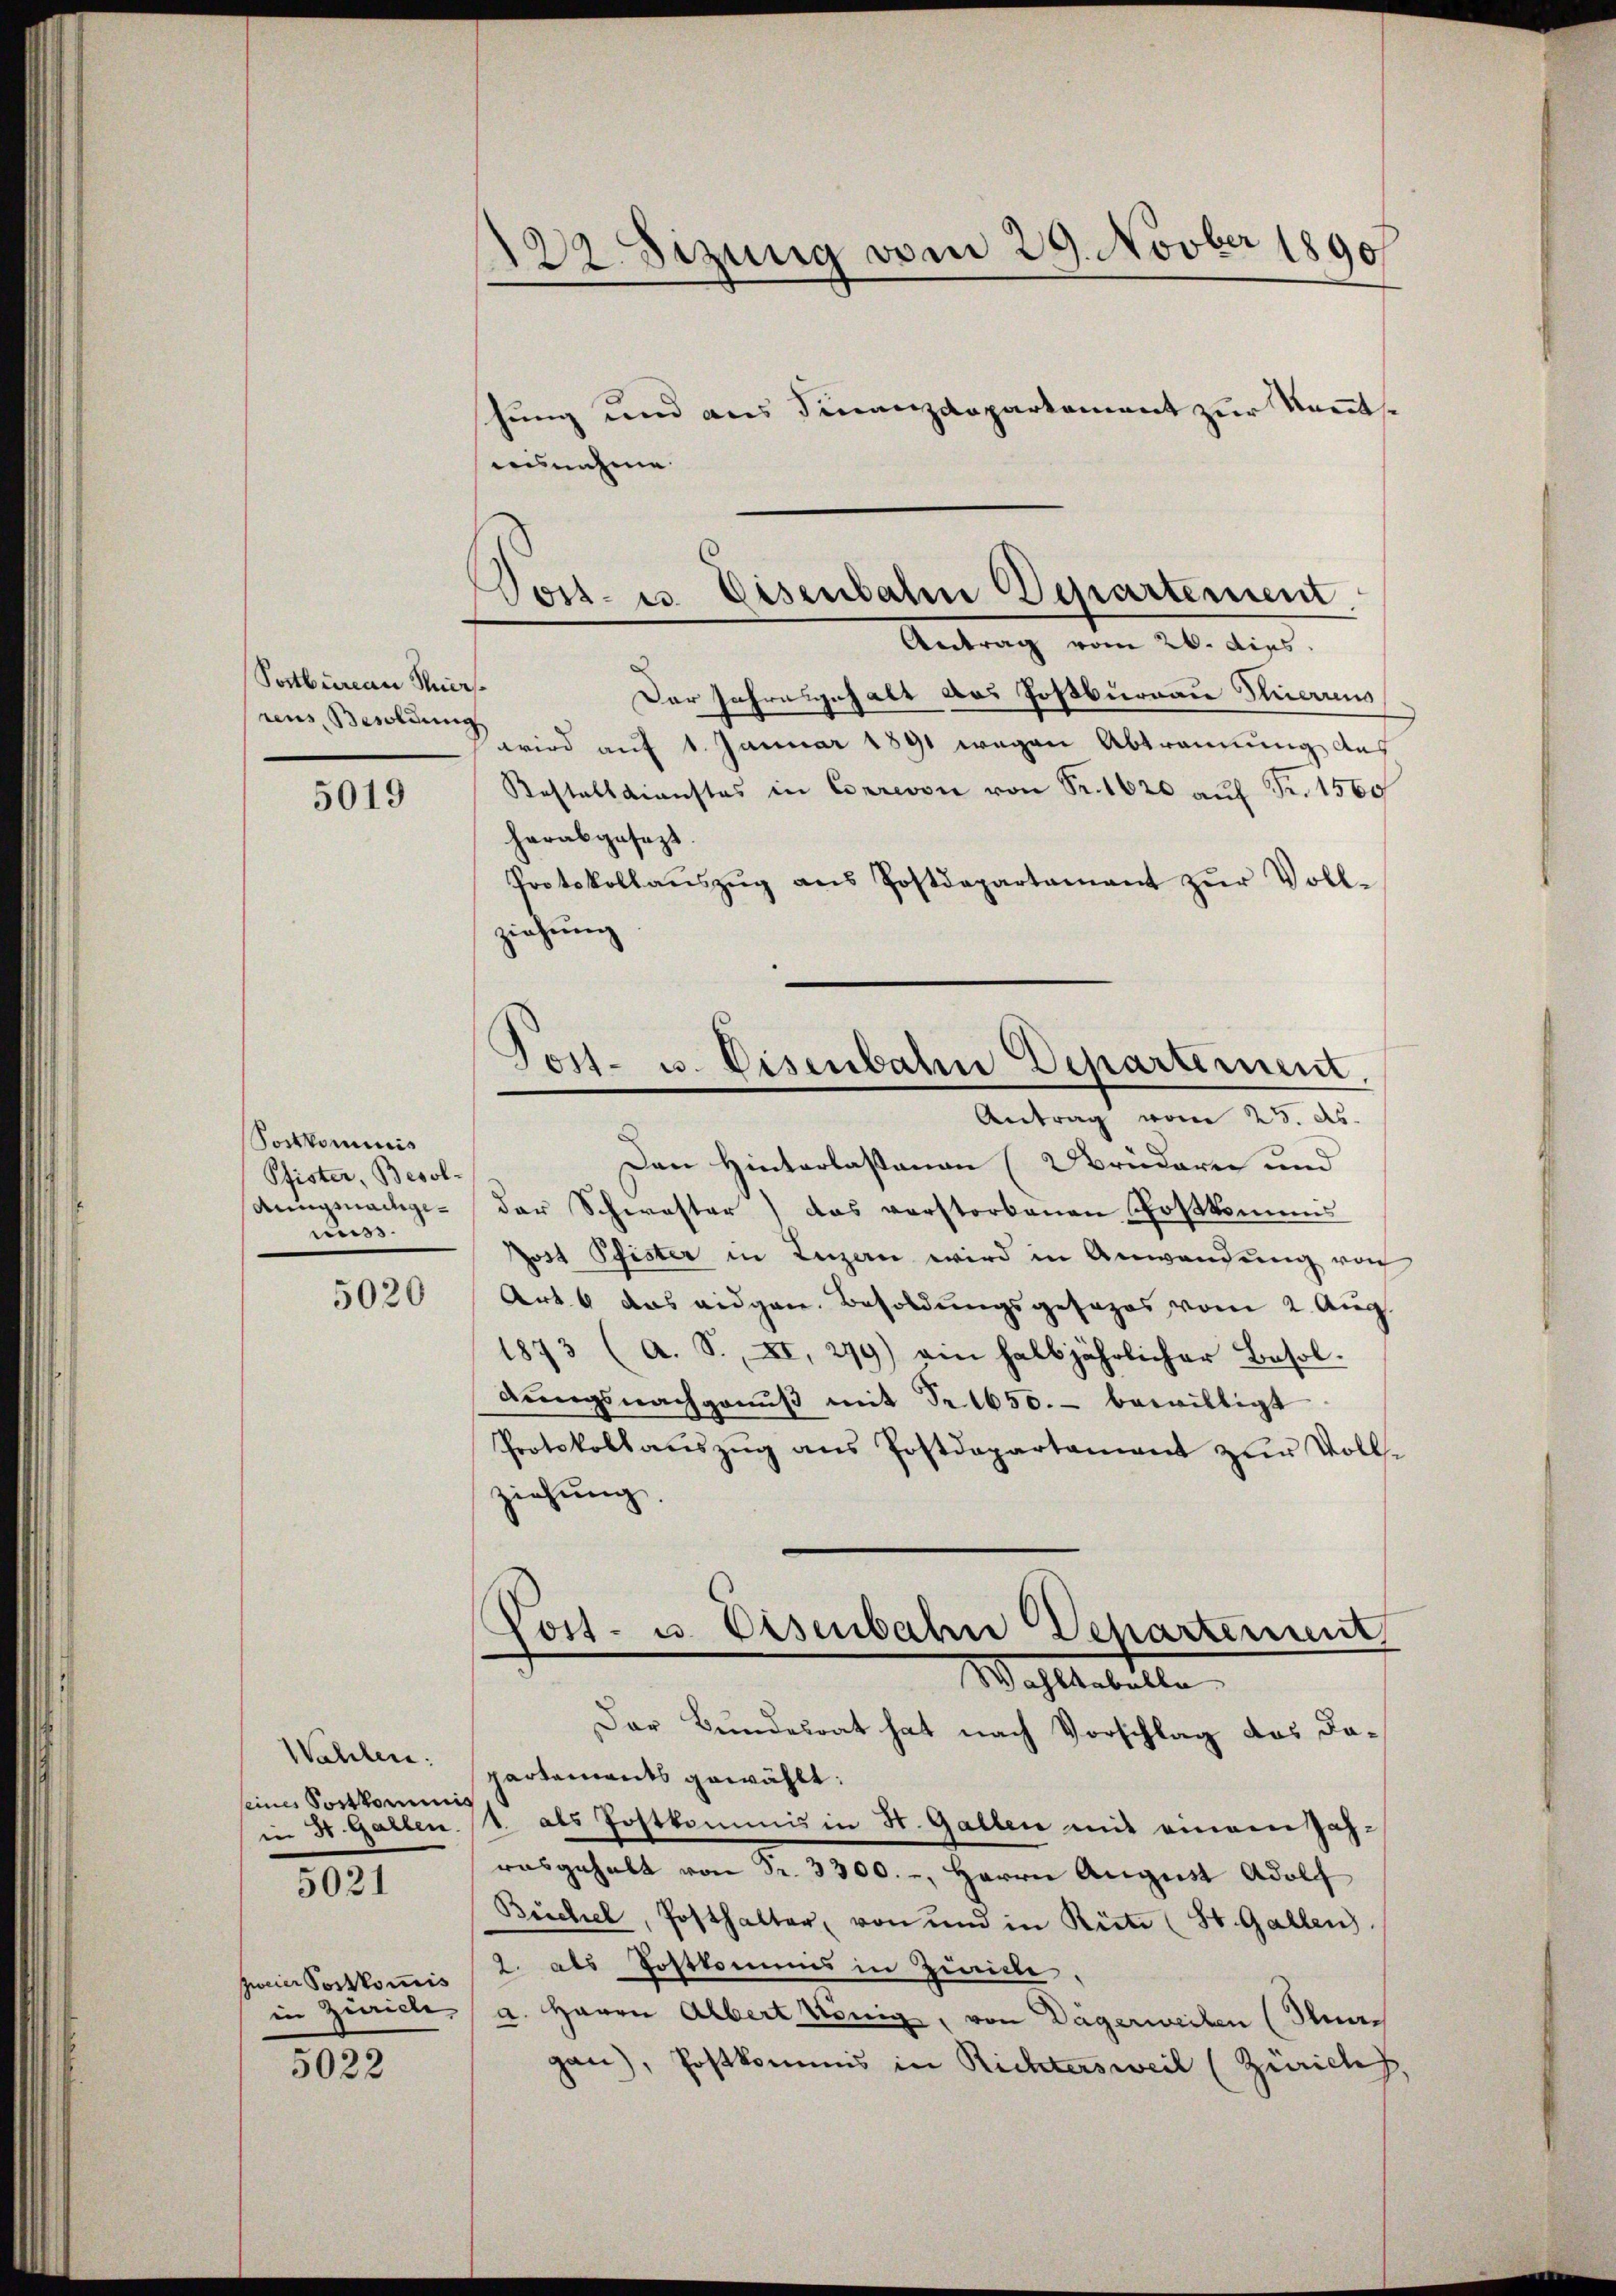
Postbureau Mit
rens Besoldung

5019

Postkommis
Pfister, Besol¬
Aung nachgemuss.

5020

Wahlen:
seines Sortkommnis
in St. Gallen.
zweier Postkommis
in Zürich
5022

5021

122. Sizung vom 29. Novber 1890
hung und aus Finanzdepartement zur Kennt¬

ausnahme

Post- u. Eisenbaten Departement
Antrag vom 26. dies

¬
Der Jahresgehalt das Postburgau Thieraus
wird auf 1. Januar 1891 wegen Abtrennung des
Kastelldienstes in Correvon von Fr. 1620 auf Fr. 1560
herabgesezt
Protokollaŭszŭg ans Postdepartamant zŭr Voll-
ziehung
Den Hinterlastenan (Uridarin und
der Schwester) das verstorbenen Postkommis
Jost Pfister in Luzern wird in Anwendung von
Art. 6 das eidgen. Besoldungsgesezes vom 2. Aug.
1873 (a. S. XI, 279) ein halbjährlicher Besoldŭngsnachganŭβ mit Fr. 1650.- bewilligt.
Protokollaŭszŭg ans Postdepartament zŭr Volls-
ziehung.
Post- u. Eisenbahn Departement
Wohltabelle
Der Bundesrat hat nach Vorschlag des Dapartements gewählt:
1. als Postkommis in St. Gallen mit einem Jahrasgehalt von Fr. 3300.-, Herrn August Adolf
Büchel, Posthalter, von und in Rüte (St. Gallen.
2. als Postkommis in Zürich,
a. Herrn Albert König, von Dägerweiben (nach
gan), Postkommis in Richtersweil (Zürich,

Tost- u. Eisenbahn Departement.
Antrag vom 25. ds.